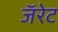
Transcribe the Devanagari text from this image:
जॅरेट